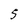
Character: 5